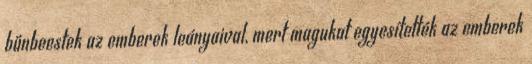
bűnbeestek az emberek leányaival, mert magukat egyesítették az emberek